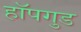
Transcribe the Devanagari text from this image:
हॉपगुड